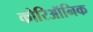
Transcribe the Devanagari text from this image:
कोरिऑनिक